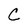
Character: C